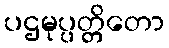
ပဌမုပ္ပတ္တိတော